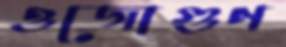
ওজোগুণ